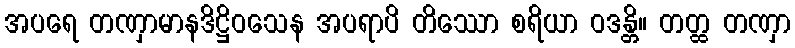
အပရေ တဏှာမာနဒိဋ္ဌိဝသေန အပရာပိ တိဿော စရိယာ ဝဒန္တိ။ တတ္ထ တဏှာ